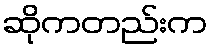
ဆိုကတည်းက